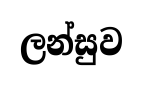
ලන්සුව